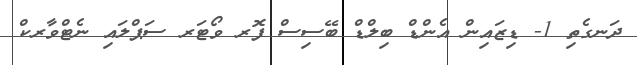
ދަނގެތި 1- ޑިޒައިން އެންޑް ބިލްޑް ބޭސިސް ފޮރ ވޯޓަރ ސަޕްލައި ނެޓްވާރކް